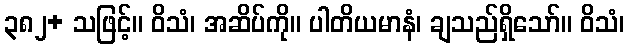
၃၈၂+ သဖြင့်။ ဝိသံ၊ အဆိပ်ကို။ ပါတိယမာနံ၊ ချသည်ရှိသော်။ ဝိသံ၊